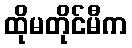
ထိုမတိုင်မီက